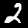
Digit: 2